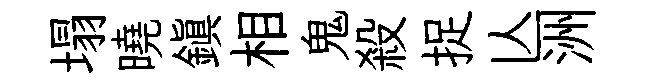
塌曉鎭相鬼殺捉亾洲